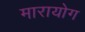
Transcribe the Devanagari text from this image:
मारायोग